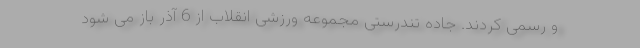
و رسمی کردند. جاده تندرستی مجموعه ورزشی انقلاب از 6 آذر باز می شود